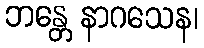
ဘန္တေ နာဂသေန၊